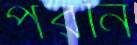
পরনি